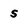
Character: s